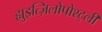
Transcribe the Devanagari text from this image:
ह्युइत्ज़िलोपोश्ट्ली